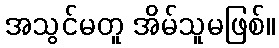
အသွင်မတူ အိမ်သူမဖြစ်။